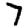
Digit: 7